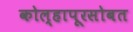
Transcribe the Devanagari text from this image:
कोल्हापूरसोबत